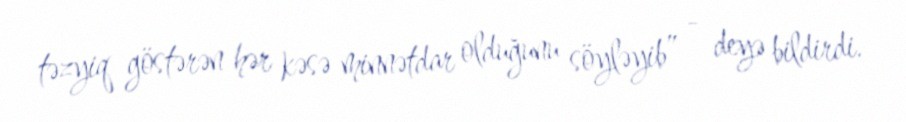
təzyiq göstərən hər kəsə minnətdar olduğunu söyləyib” - deyə bildirdi.